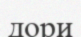
дори